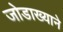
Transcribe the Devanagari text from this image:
जोडाख्याने